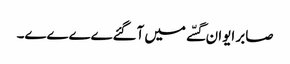
صابر ایوان گسّے میں آگئےےےےے۔